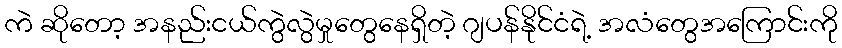
ကဲ ဆိုတော့ အနည်းငယ်ကွဲလွဲမှုတွေနေရှိတဲ့ ဂျပန်နိုင်ငံရဲ့ အလံတွေအကြောင်းကို